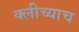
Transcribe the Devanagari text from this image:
क्लीच्याच